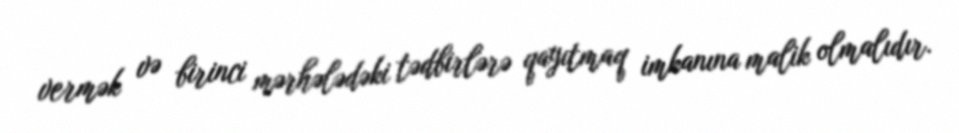
vermək və birinci mərhələdəki tədbirlərə qayıtmaq imkanına malik olmalıdır.